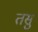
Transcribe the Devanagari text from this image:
तसु